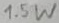
Text: 1.5W